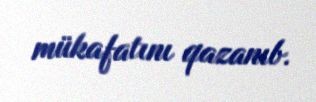
mükafatını qazanıb.